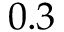
0 . 3